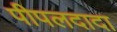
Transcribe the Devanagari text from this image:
पीपलदादा